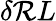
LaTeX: \delta\mathcal{R}L